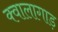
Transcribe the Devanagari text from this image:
क्वालागाड़